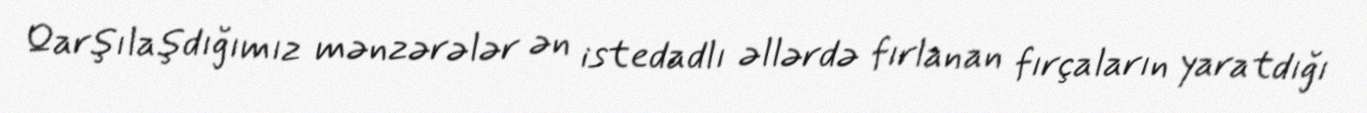
Qarşılaşdığımız mənzərələr ən istedadlı əllərdə fırlanan fırçaların yaratdığı